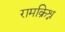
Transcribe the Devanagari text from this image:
रामक्रिश्न